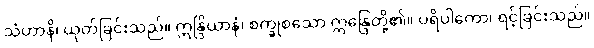
သံဟာနိ၊ ယုတ်ခြင်းသည်။ ဣန္ဒြိယာနံ၊ စက္ခုစသော ဣန္ဒြေတို့၏။ ပရိပါကော၊ ရင့်ခြင်းသည်။